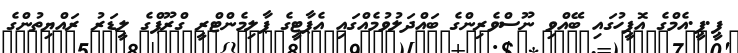
ޕީ.ޕީ.އެމްގެ އޮފީހުގައި ބޭއްވި ނޫސްވެރިންގެ ބައްދަލުވުމެއްގައި އެޕާޓީގެ ޕާލިމެންޓްރީ ގްރޫޕްގެ ލީޑަރު ރައްޔިތުންގެ